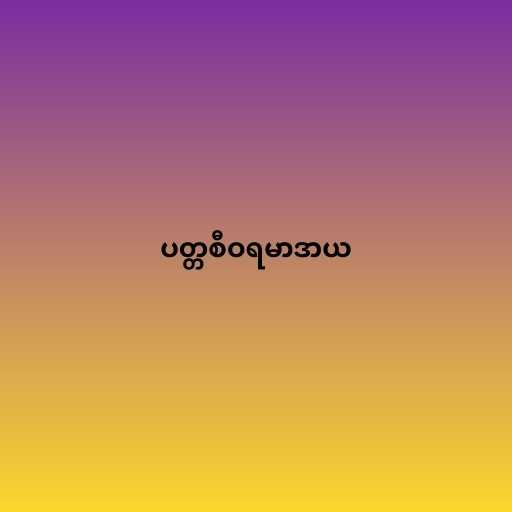
ပတ္တစီဝရမာဒာယ